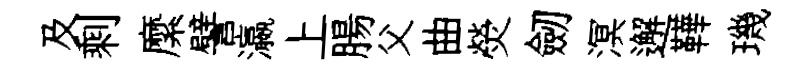
及剩縻譬瀛上腸父曲熒劒溟邂鞾璣